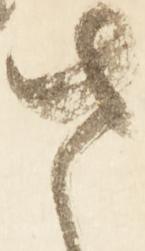
さ